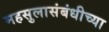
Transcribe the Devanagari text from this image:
महसुलासंबंधीच्या